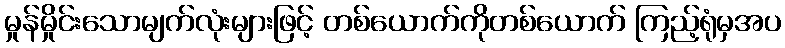
မှုန်မှိုင်းသောမျက်လုံးများဖြင့် တစ်ယောက်ကိုတစ်ယောက် ကြည့်ရုံမှအပ